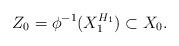
LaTeX: \begin{align*}Z_0=\phi^{-1}(X_1^{H_1})\subset X_0.\end{align*}